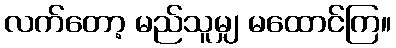
လက်တော့ မည်သူမျှ မထောင်ကြ။